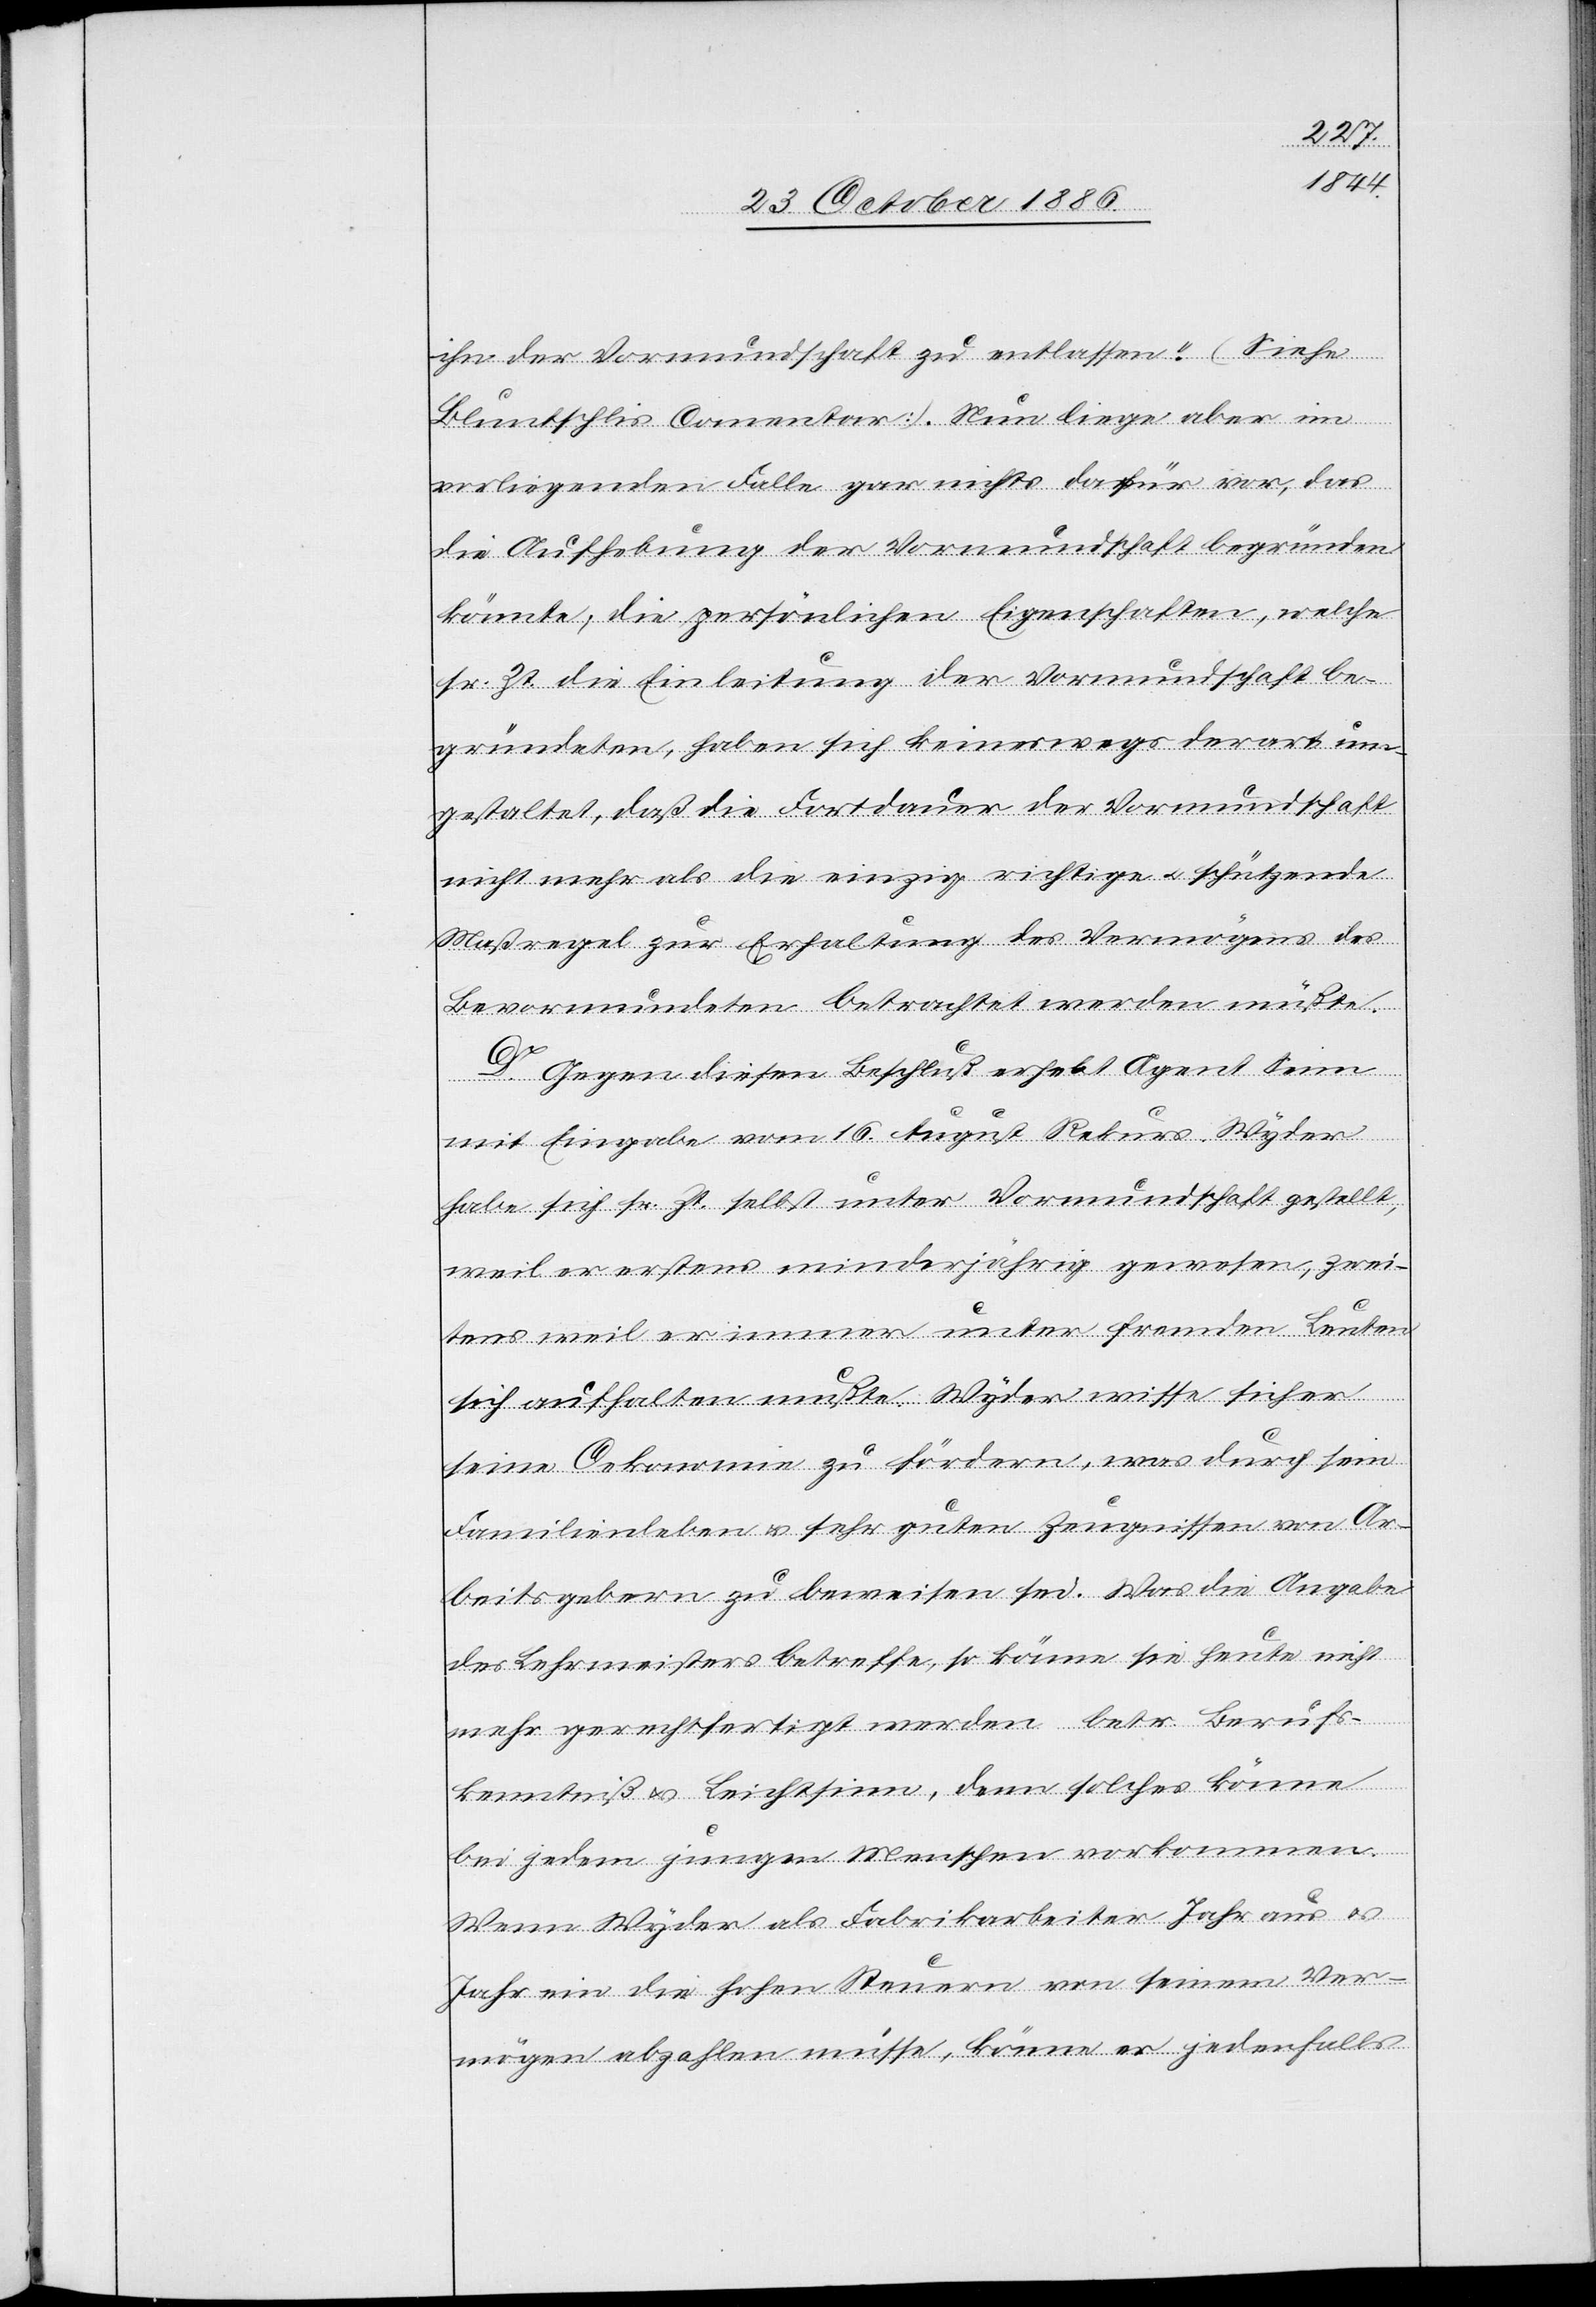
ihn der Vormundschaft zu entlassen.“ (Siehe
Bluntschlis Comentar). Nun liege aber im
vorliegenden Falle gar nichts dafür vor, das
die Aufhebung der Vormundschaft begründen
könnte, die persönlichen Eigenschaften, welche
sr. Zt. die Einleitung der Vormundschaft be¬
gründeten, haben sich keineswegs derart um¬
gestaltet, daß die Fortdauer der Vormundschaft
nicht mehr als die einzig richtige & schützende
Maßregel zur Erhaltung des Vermögens des
Bevormundeten betrachtet werden müßte.
D. Gegen diesen Beschluß erhebt Agent Senn
mit Eingabe vom 16. August Rekurs. Wyder
habe sich sr. Zt. selbst unter Vormundschaft gestellt,
weil er erstens minderjährig gewesen, zwei¬
tens weil er immer unter fremden Leuten
sich aufhalten mußte. Wyder wisse sicher
seine Oekonomie zu fördern, was durch sein
Familienleben & sehr guten Zeugnissen von Ar¬
beitsgebern zu beweisen sei. Was die Angabe
des Lehrmeisters betreffe, so könne sie heute nicht
mehr gerechtfertigt werden betr. Berufs¬
kenntniß & Leichtsinn, denn solches könne
bei jedem jungen Menschen vorkommen.
Wenn Wyder als Fabrikarbeiter Jahr aus &
Jahr ein die hohen Steuern von seinem Ver¬
mögen abzahlen müsse, könne er jedenfalls